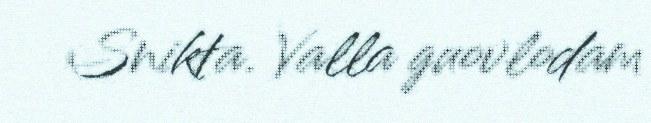
Snikta. Valla guovlodam